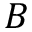
B